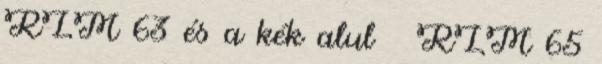
RLM 63 és a kék alul RLM 65